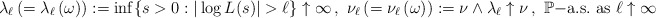
\begin{align*}\ \ \lambda_{\ell} \,(=\lambda_{\ell} \,(\omega)):=\inf\{s>0: |\log L(s)| > \ell\}\uparrow \infty\,, \ \nu_{\ell} \,(=\nu_{\ell}\,(\omega)):=\nu \wedge \lambda_{\ell} \uparrow \nu\,,\ \mathbb{P}\mathrm{-a.s.}\ \mathrm{as}\ {\ell}\uparrow \infty\end{align*}